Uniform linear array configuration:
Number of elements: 16
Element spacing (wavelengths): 0.75
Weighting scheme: exponential
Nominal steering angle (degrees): -45
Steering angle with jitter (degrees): -43.596
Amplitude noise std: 0.05
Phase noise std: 0.05

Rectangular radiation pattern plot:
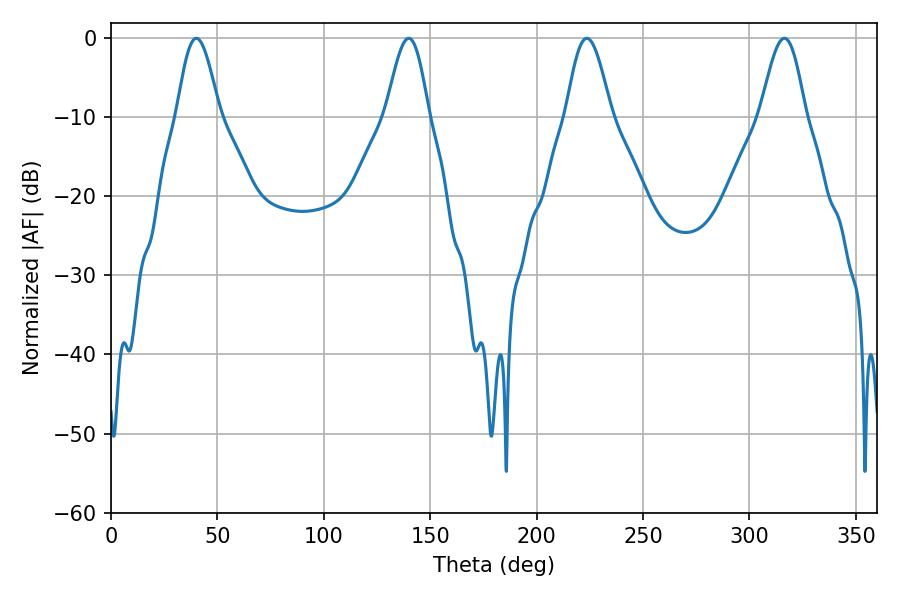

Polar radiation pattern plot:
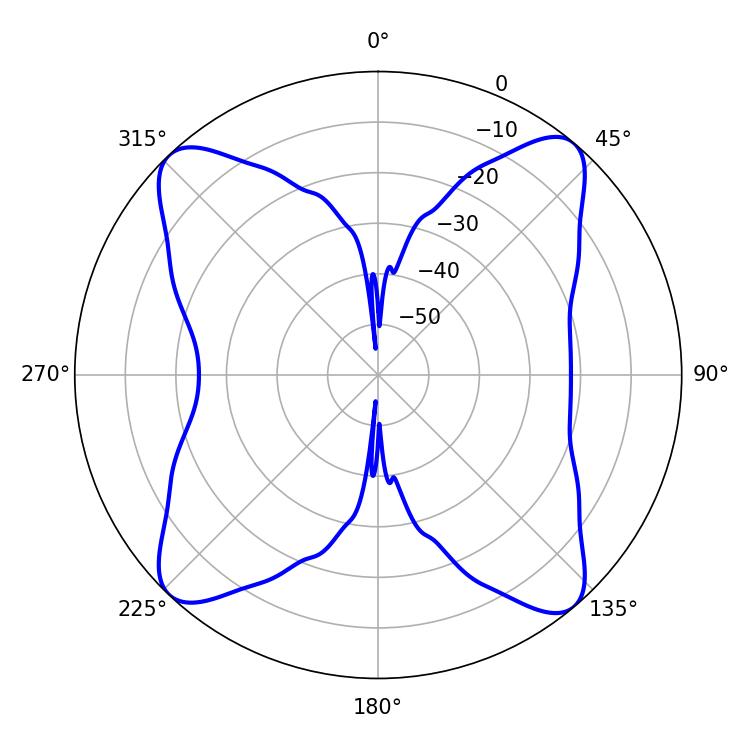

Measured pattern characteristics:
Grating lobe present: TRUE
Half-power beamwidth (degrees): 11.34
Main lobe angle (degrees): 223.56